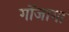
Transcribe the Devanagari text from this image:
गोंजागा